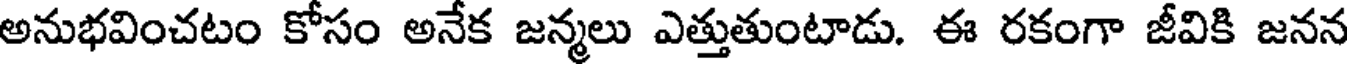
అనుభవించటం కోసం అనేక జన్మలు ఎత్తుతుంటాడు. ఈ రకంగా జీవికి జనన